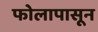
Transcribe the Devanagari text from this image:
फोलापासून